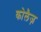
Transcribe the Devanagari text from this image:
कोलैज़